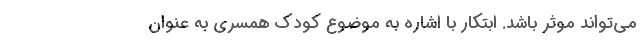
می‌تواند موثر باشد. ابتکار با اشاره به موضوع کودک همسری به عنوان